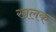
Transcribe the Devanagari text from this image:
खलक